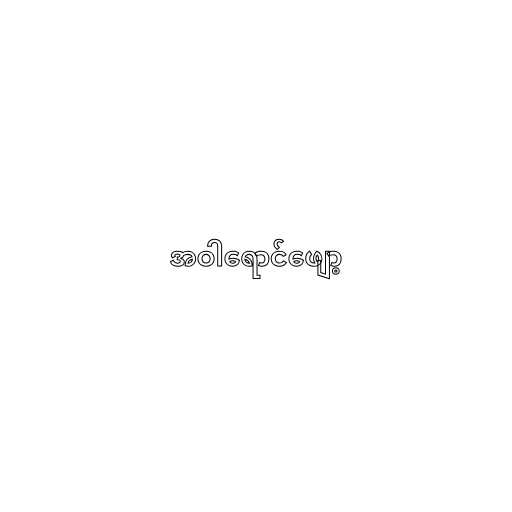
အဝါရောင်ဖျော့